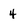
Character: 4